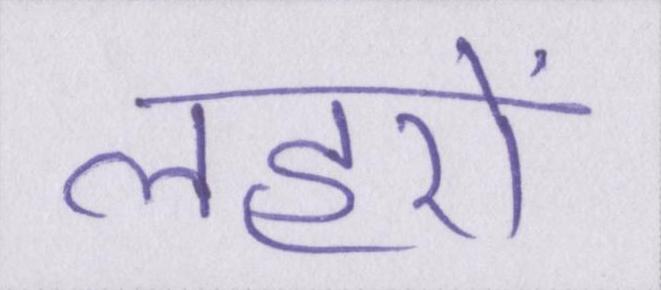
लहरों